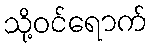
သို့ဝင်ရောက်